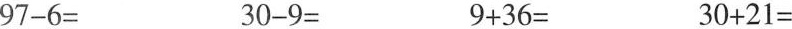
$$9 7 - 6 =$$ $$3 0 - 9 =$$ $$9 + 3 6 =$$ $$3 0 + 2 1 =$$